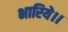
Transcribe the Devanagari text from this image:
भारिये।।